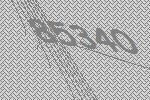
85340